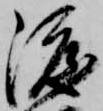
渡